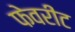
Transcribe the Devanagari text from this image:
फेवरीट